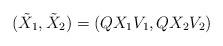
LaTeX: \begin{align*} (\tilde{X}_1, \tilde{X}_2) = (Q X_1 V_1, Q X_2 V_2)\end{align*}